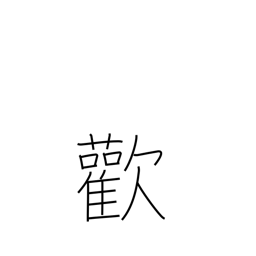
Meaning: joy